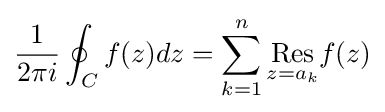
{\frac {1}{2\pi i}}\oint _{C}f(z)dz=\sum _{k=1}^{n}{\underset {z=a_{k}}{\mathrm {Res} }}f(z)